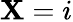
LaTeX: \mathbf{X}=i